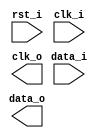
/*******************************************************************************
    Verilog netlist generated by IPGEN Lattice Radiant Software (64-bit)
    2022.1.1.289.4
    Soft IP Version: 1.6.0
    2023 06 18 18:36:58
*******************************************************************************/
/*******************************************************************************
    Wrapper Module generated per user settings.
*******************************************************************************/
module ddr_tx (rst_i, data_i, clk_i, data_o, clk_o)/* synthesis syn_black_box syn_declare_black_box=1 */;
    input  rst_i;
    input  [1:0]  data_i;
    input  clk_i;
    output  [0:0]  data_o;
    output  clk_o;
endmodule